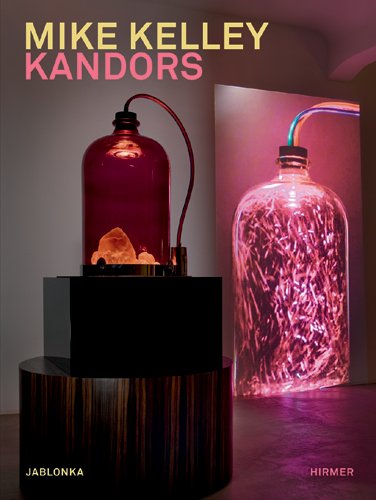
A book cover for Mike Kelley: Kandors; Arts & Photography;